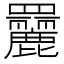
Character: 𦌿